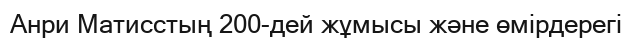
Анри Матисстың 200-дей жұмысы және өмірдерегі